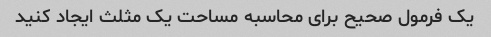
یک فرمول صحیح برای محاسبه مساحت یک مثلث ایجاد کنید